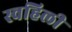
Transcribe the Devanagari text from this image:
स्वहिली